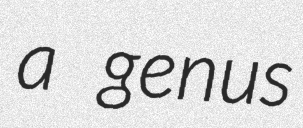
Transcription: a genus